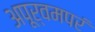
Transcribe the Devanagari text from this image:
अपूर्वमपरं